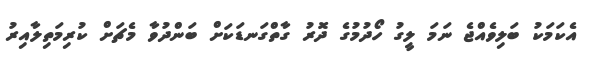
އެކަމަކު ބަލިވެއްޖެ ނަމަ ލީގު ހޯދުމުގެ ދޮރު ގާތްގަނޑަކަށް ބަންދުވާ މެޗަށް ކުރިމަތިލާއިރު